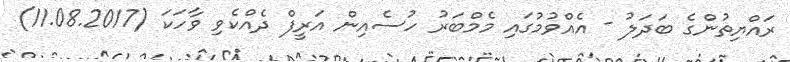
ރައްޔިތުންގެ ބަދަލު - އެއްވުމުގައި މެމްބަރު ހުސެއިން އަރީފް ދެއްކެވި ވާހަކަ (11.08.2017)